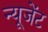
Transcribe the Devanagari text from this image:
न्यूजेंट